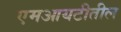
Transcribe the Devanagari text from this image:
एमआयटीतील